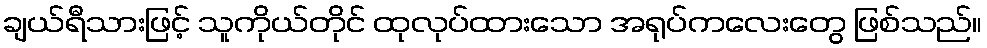
ချယ်ရီသားဖြင့် သူကိုယ်တိုင် ထုလုပ်ထားသော အရုပ်ကလေးတွေ ဖြစ်သည်။